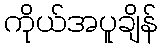
ကိုယ်အပူချိန်